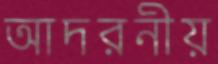
আদরনীয়